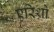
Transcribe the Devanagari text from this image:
एरिथ्रो